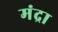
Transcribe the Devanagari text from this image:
मंद्रा